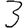
Digit: 3